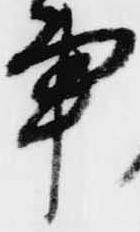
事